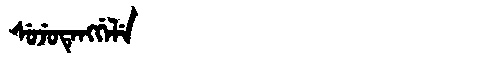
Manchu: ᠰᡠᠵᡠᡨᡝᠩᡤᡝᠯᡝ
Romanization: SUJUTENGGELE